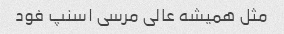
مثل همیشه عالی مرسی اسنپ فود